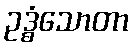
ဥဒ္ဓံသောတာ